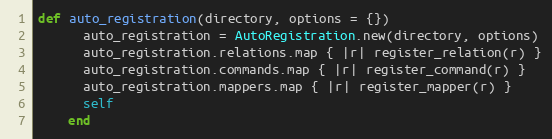
Language: Ruby
def auto_registration(directory, options = {})
      auto_registration = AutoRegistration.new(directory, options)
      auto_registration.relations.map { |r| register_relation(r) }
      auto_registration.commands.map { |r| register_command(r) }
      auto_registration.mappers.map { |r| register_mapper(r) }
      self
    end